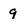
Character: 9